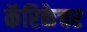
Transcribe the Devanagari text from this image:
कॅरिकेचर